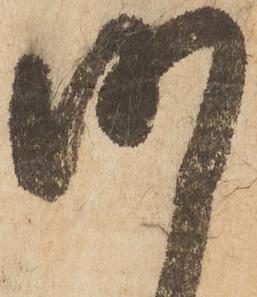
明